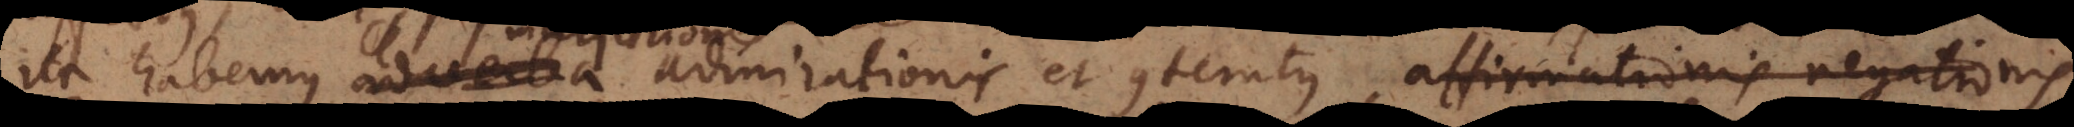
Ita habemus adverba admirationis et contemtus, affirmationis negationis